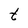
Character: t